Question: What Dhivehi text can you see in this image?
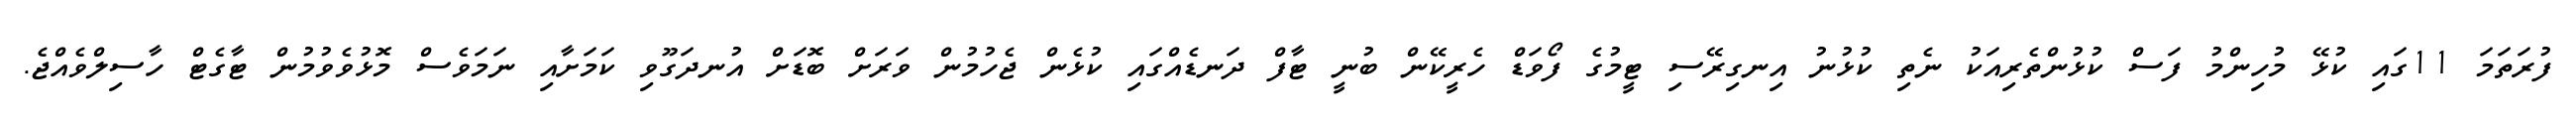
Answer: ފުރަތަމަ 11ގައި ކުޅޭ މުހިންމު ފަސް ކުޅުންތެރިއަކު ނެތި ކުޅުނު އިނގިރޭސި ޓީމުގެ ފޯވަޑް ހެރީކޭން ބުނީ ޓާފް ދަނޑެއްގައި ކުޅެން ޖެހުމުން ވަރަށް ބޮޑަށް އުނދަގޫވި ކަމަށާއި ނަމަވެސް މޮޅުވެވުމުން ޓާގެޓް ހާސިލްވެއްޖެ.